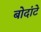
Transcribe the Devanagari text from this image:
बोदांटे